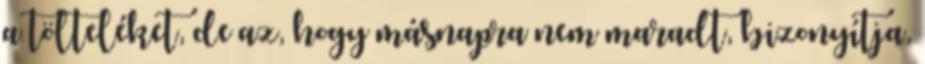
a tölteléket, de az, hogy másnapra nem maradt, bizonyítja,